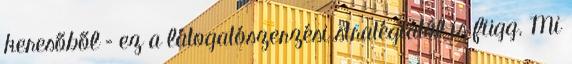
keresőből – ez a látogatószerzési stratégiától is függ. Mi